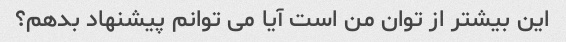
این بیشتر از توان من است آیا می توانم پیشنهاد بدهم؟